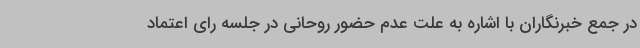
در جمع خبرنگاران با اشاره به علت عدم حضور روحانی در جلسه رای اعتماد